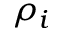
\rho _ { i }